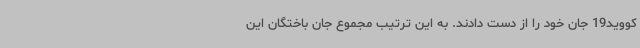
کووید19 جان خود را از دست دادند. به این ترتیب مجموع جان باختگان این